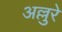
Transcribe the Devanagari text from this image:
अल्लुरे